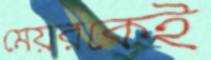
মেয়রকেই